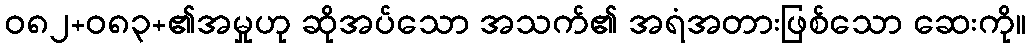
ဝ၈၂+၀၈၃+၏အမှုဟု ဆိုအပ်သော အသက်၏ အရံအတားဖြစ်သော ဆေးကို။